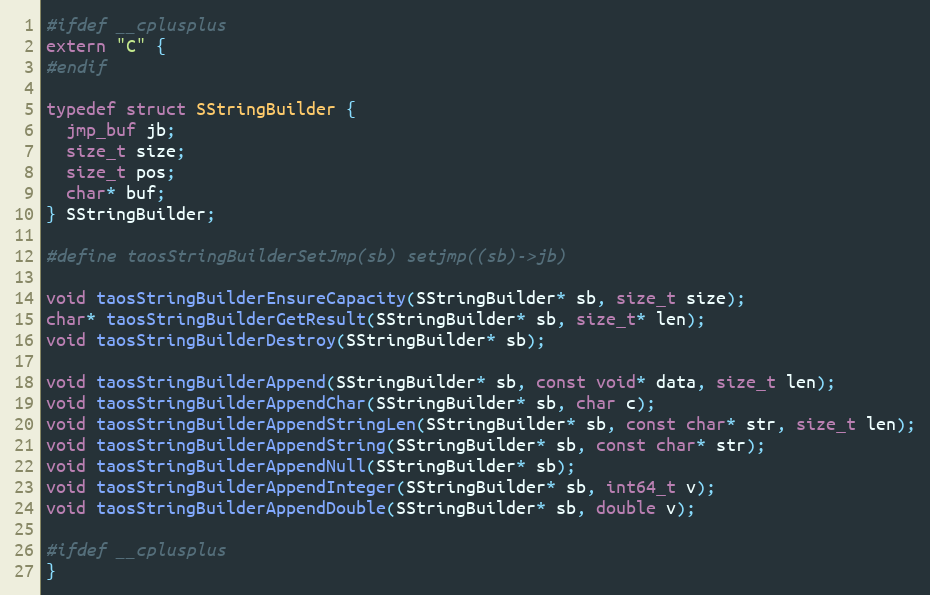
Language: C
#ifdef __cplusplus
extern "C" {
#endif

typedef struct SStringBuilder {
  jmp_buf jb;
  size_t size;
  size_t pos;
  char* buf;
} SStringBuilder;

#define taosStringBuilderSetJmp(sb) setjmp((sb)->jb)

void taosStringBuilderEnsureCapacity(SStringBuilder* sb, size_t size);
char* taosStringBuilderGetResult(SStringBuilder* sb, size_t* len);
void taosStringBuilderDestroy(SStringBuilder* sb);

void taosStringBuilderAppend(SStringBuilder* sb, const void* data, size_t len);
void taosStringBuilderAppendChar(SStringBuilder* sb, char c);
void taosStringBuilderAppendStringLen(SStringBuilder* sb, const char* str, size_t len);
void taosStringBuilderAppendString(SStringBuilder* sb, const char* str);
void taosStringBuilderAppendNull(SStringBuilder* sb);
void taosStringBuilderAppendInteger(SStringBuilder* sb, int64_t v);
void taosStringBuilderAppendDouble(SStringBuilder* sb, double v);

#ifdef __cplusplus
}